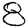
Digit: 8